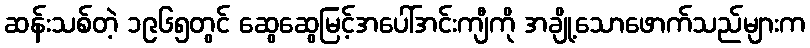
ဆန်းသစ်တဲ့ ၁၉၆၅တွင် ဆွေဆွေမြင့်အပေါ်အင်းကျီကို အချို့သောဖောက်သည်များက